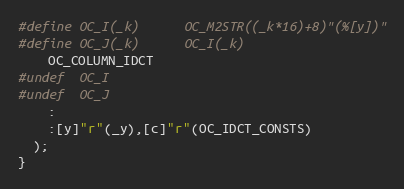
Language: C
#define OC_I(_k)      OC_M2STR((_k*16)+8)"(%[y])"
#define OC_J(_k)      OC_I(_k)
    OC_COLUMN_IDCT
#undef  OC_I
#undef  OC_J
    :
    :[y]"r"(_y),[c]"r"(OC_IDCT_CONSTS)
  );
}